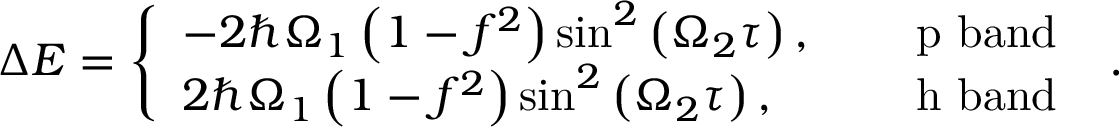
\begin{array} { r } { \Delta { \cal E } = \left\{ \begin{array} { l l } { - 2 \hbar \Omega _ { 1 } \left( 1 - f ^ { 2 } \right) \sin ^ { 2 } \left( \Omega _ { 2 } \tau \right) , } & { \quad \mathrm { ~ p ~ b a n d ~ } } \\ { 2 \hbar \Omega _ { 1 } \left( 1 - f ^ { 2 } \right) \sin ^ { 2 } \left( \Omega _ { 2 } \tau \right) , } & { \quad \mathrm { ~ h ~ b a n d ~ } } \end{array} \right. . } \end{array}